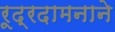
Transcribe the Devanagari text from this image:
रूद्रदामनाने